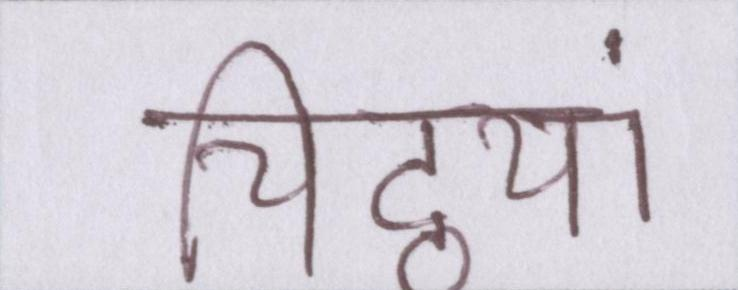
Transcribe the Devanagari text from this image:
चिट्ठयां